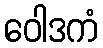
ဝေါဒကံ